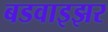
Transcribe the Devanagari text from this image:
बडवाइझर